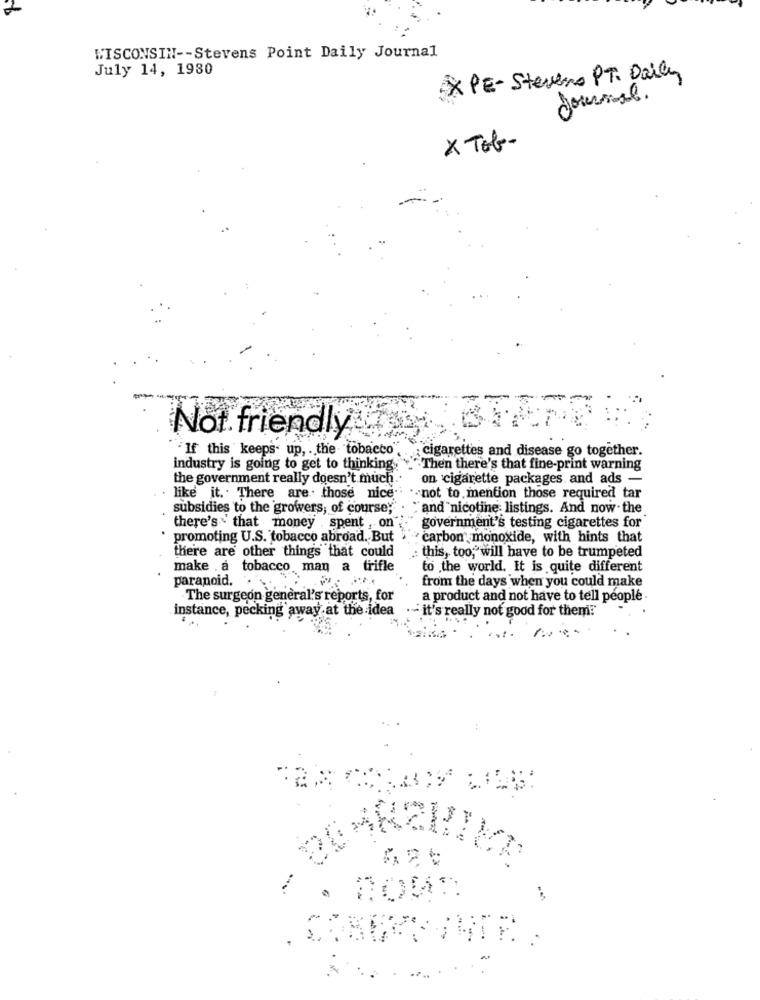
WISCONSIN -- Stevens Point Daily Journal
July 14, 1980
PE- Stevens PT. Daily
Journal.
X Tob-
Not friendly
If this keeps up, . the tobacco
cigarettes and disease go together.
industry is going to get to thinking.
Then there's that fine-print warning
the government really doesn't much
on cigarette packages and ads -
like it .. There are. those nice
not to mention those required tar
subsidies to the growers, of course;
and nicotine listings. And now. the
there's ~ that money . spent , on
government's testing cigarettes for
promoting U.S. tobacco abroad. But
carbon monoxide, with hints that
there are other things that could
: this, too, will have to be trumpeted
make . a tobacco man a trifle
to the world. It is quite different
paranoid. . "
from the days when you could make
-The surgeon general's reports, for
a product and not have to tell people
instance, pecking away at the idea
. - it's really not good for them:"
.